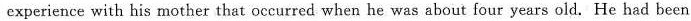
experience with his mother that occurred when he was about four years old. He had been